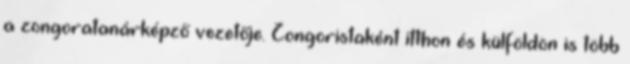
a zongoratanárképző vezetője. Zongoristaként itthon és külföldön is több